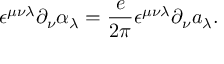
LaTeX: \epsilon ^ { \mu \nu \lambda } \partial _ { \nu } \alpha _ { \lambda } = \frac { e } { 2 \pi } \epsilon ^ { \mu \nu \lambda } \partial _ { \nu } a _ { \lambda } .